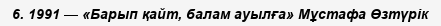
6. 1991 — «Барып қайт, балам ауылға» Мұстафа Өзтүрiк